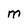
Character: M